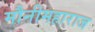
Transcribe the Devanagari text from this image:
मौनीमहाराज